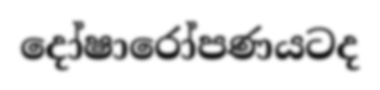
දෝෂාරෝපණයටද